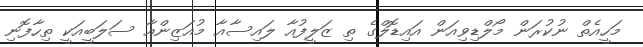
މަހީއެތް ނުކުރަން މޯލްޑިވިއަން އައިޑޮލްގެ ތި ޒަލީފުއާ ލައިސާއާ މުއަޒިންއާ ސަލަބީއަކީ ތިހާފޮނި